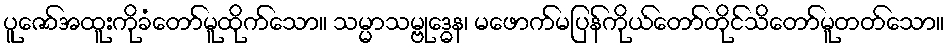
ပူဇော်အထူးကိုခံတော်မူထိုက်သော။ သမ္မာသမ္ဗုဒ္ဓေန၊ မဖောက်မပြန်ကိုယ်တော်တိုင်သိတော်မူတတ်သော။